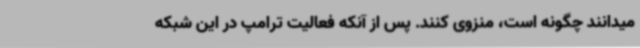
میدانند چگونه است، منزوی کنند. پس از آنکه فعالیت ترامپ در این شبکه